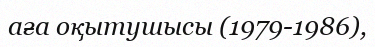
аға оқытушысы (1979-1986),